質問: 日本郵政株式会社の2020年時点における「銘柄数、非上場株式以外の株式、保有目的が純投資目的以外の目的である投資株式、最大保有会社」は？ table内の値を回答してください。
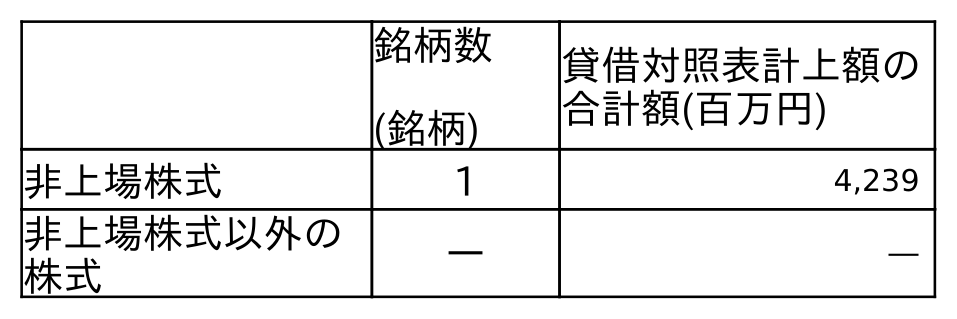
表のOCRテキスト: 銘柄数 (銘柄) 貸借対照表計上額の 合計額(百万円) 非上場株式 1 4,239 非上場株式以外の 株式 ― ―
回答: ―